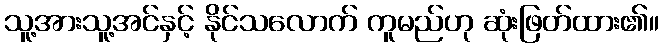
သူ့အားသူ့အင်နှင့် နိုင်သလောက် ကူမည်ဟု ဆုံးဖြတ်ထား၏။